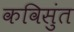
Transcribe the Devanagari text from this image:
कविसुंत